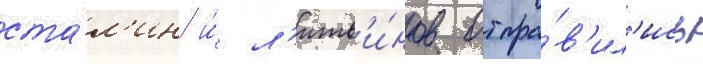
ста́л'ин и́ л'итв'и́нов отпра́в'ил'ись